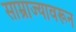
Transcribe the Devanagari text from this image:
साम्राज्यावरून